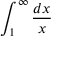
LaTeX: \int _ { 1 } ^ { \infty } { \frac { d x } { x } }